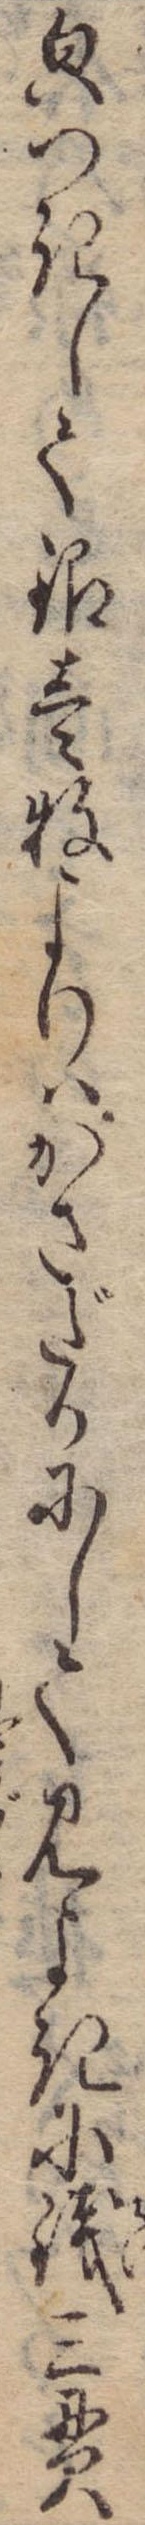
貌つきして銀壱牧よりはかさだかにして見よきに銭三貫